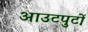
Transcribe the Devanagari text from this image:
आउटपुटों